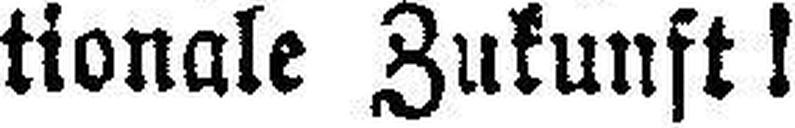
tionale Zukunft!